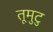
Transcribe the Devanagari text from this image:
तूमुटु